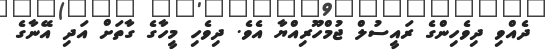
ދެއްވި ދިވެހިންގެ ރައީސުލް ޖުމްހޫރިއްޔާ އެވެ. ދިވެހި މީހާގެ ގާތަށް އަދި އޭނާގެ